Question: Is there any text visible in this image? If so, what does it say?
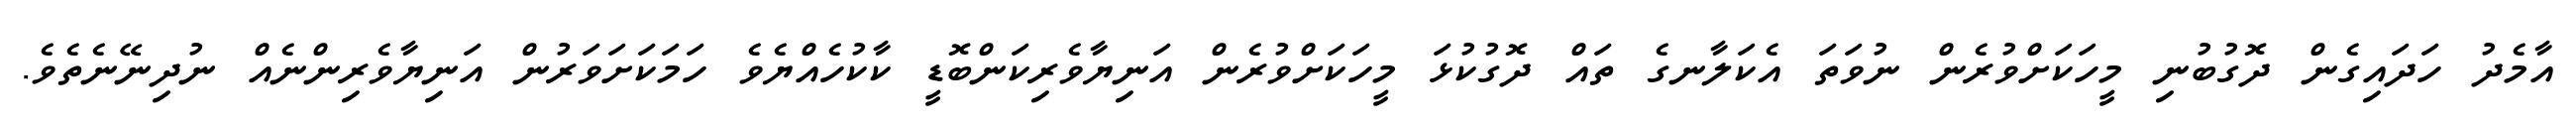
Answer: އާމެދު ހަދައިގެން ދޮގުބުނި މީހަކަށްވުރެން ނުވަތަ އެކަލާނގެ ތައް ދޮގުކުޅަ މީހަކަށްވުރެން އަނިޔާވެރިކަންބޮޑީ ކާކުހެއްޔެވެ ހަމަކަށަވަރުން އަނިޔާވެރިންނެއް ނުދިނޭނެތެވެ.